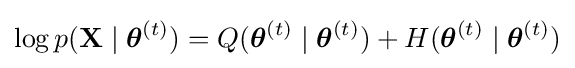
\log p(\mathbf {X} \mid {\boldsymbol {\theta }}^{(t)})=Q({\boldsymbol {\theta }}^{(t)}\mid {\boldsymbol {\theta }}^{(t)})+H({\boldsymbol {\theta }}^{(t)}\mid {\boldsymbol {\theta }}^{(t)})